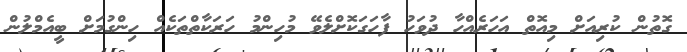
ގޮތުން ކުރިއަށް މިއޮތް އަހަރެއްހާ ދުވަހު ފާހަގަކޮށްލެވޭ މުހިންމު ހަރަކާތްތަކެއް ހިންގުމަށް ބީއެމްލުން